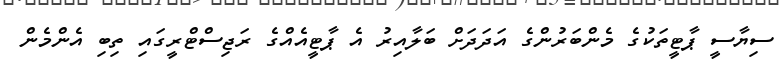
ސިޔާސީ ޕާޓީތަކުގެ މެންބަރުންގެ އަދަދަށް ބަލާއިރު އެ ޕާޓީއެއްގެ ރަޖިސްޓްރީގައި ތިބި އެންމެން